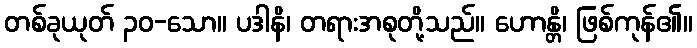
တစ်ခုယုတ် ၃၀-သော။ ပဒါနိ၊ တရားအစုတို့သည်။ ဟောန္တိ၊ ဖြစ်ကုန်၏။